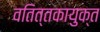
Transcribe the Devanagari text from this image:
वतित्तकायुक्त